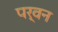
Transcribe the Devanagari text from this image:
पर्वन